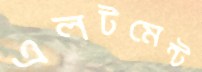
এলটমেন্ট